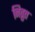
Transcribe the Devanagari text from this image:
निव्रुत्त